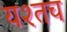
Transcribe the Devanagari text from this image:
यश्तच